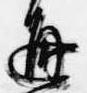
通